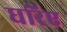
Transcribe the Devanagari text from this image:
घरिए